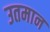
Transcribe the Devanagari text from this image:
उतमान